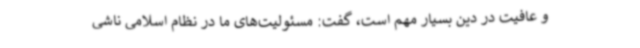
و عافیت در دین بسیار مهم است، گفت: مسئولیت‌های ما در نظام اسلامی ناشی